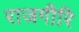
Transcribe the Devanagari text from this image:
राजगीरि